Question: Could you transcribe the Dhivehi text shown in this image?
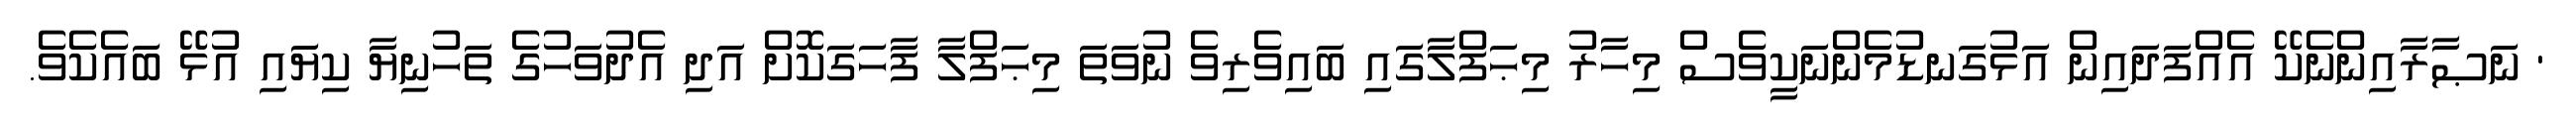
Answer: ' ނަޞާރާއިންނެކޭ އެއްފަދައިން އަޅުގަނޑުމެންނަކީވެސް މިހާރު މިޙަފްލާގައި ބައިވެރިވެ ނުވަތަ މިޙަފްލާ ފާހަގަކޮށް އަދި އެދުވަހުގެ ތަހުނިޔާ ކިޔައި އުޅޭ ބައެކެވެ.